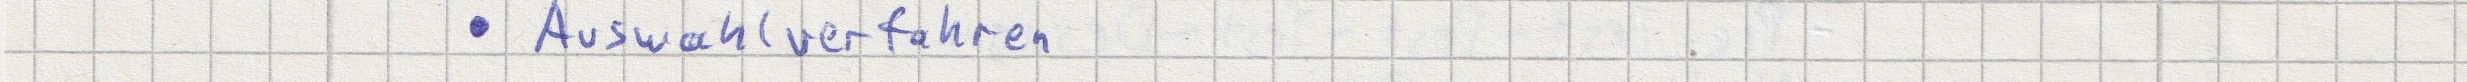
- Auswahlverfahren